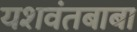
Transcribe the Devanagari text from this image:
यशवंतबाबा